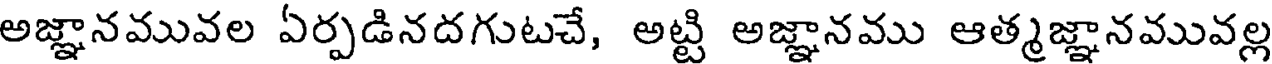
అజ్ఞానమువల ఏర్పడినదగుటచే, అట్టి అజ్ఞానము ఆత్మజ్ఞానమువల్ల